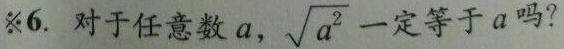
6. 对于任意数 $a$，$\sqrt{a^{2}}$ 一定等于 $a$ 吗？